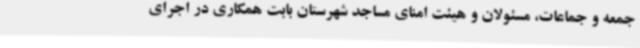
جمعه و جماعات، مسئولان و هیئت امنای مساجد شهرستان بابت همکاری در اجرای